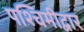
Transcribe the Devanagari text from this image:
पश्चिमीद्वार